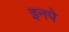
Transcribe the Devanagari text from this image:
इनपे